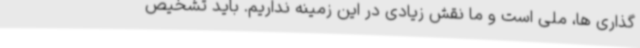
گذاری ها، ملی است و ما نقش زیادی در این زمینه نداریم. باید تشخیص